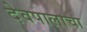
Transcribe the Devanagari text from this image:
देवपालाचा